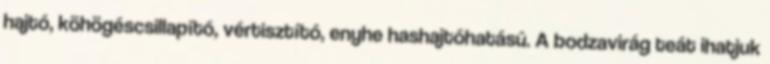
hajtó, köhögéscsillapító, vértisztító, enyhe hashajtóhatású. A bodzavirág teát ihatjuk